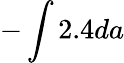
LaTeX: -\int 2.4da